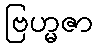
ဗြဟ္မဇာ